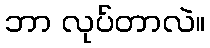
ဘာ လုပ်တာလဲ။